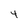
Character: 4